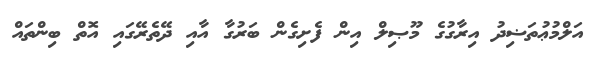
އަލްމުޢުތަޟިދު އިރާގުގެ މޫޞިލް އިން ފެށިގެން ބަރުގާ އާއި ދޭތެރޭގައި އޮތް ބިންތައް